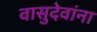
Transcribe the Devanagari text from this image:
वासुदेवांना